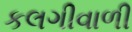
કલગીવાળી